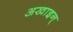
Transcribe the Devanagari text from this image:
अखाइन्